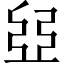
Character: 𠁁